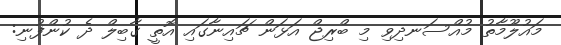
މައުލޫމާތު މުއްސަނދިވި މި ބްރިޖް އަޅަން ޗައިނާގައި އޮތީ ގާބިލް ދެ ކުންފުނި: